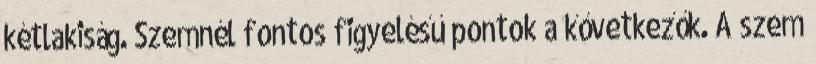
kétlakiság. Szemnél fontos figyelésű pontok a kővetkezők. A szem